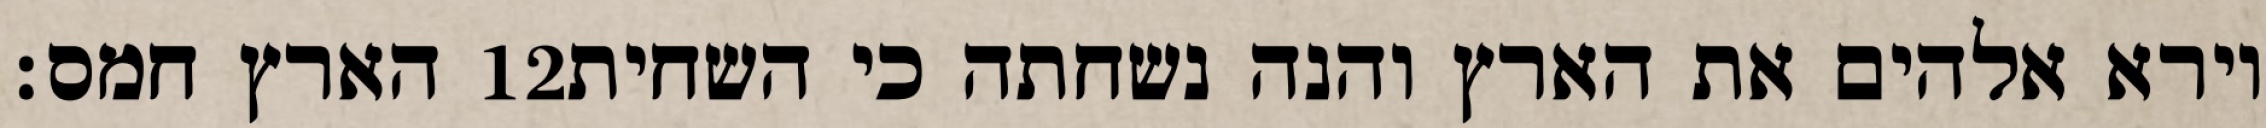
הארץ חמס׃ ‎12‏ וירא אלהים את הארץ והנה נשחתה כי השחית